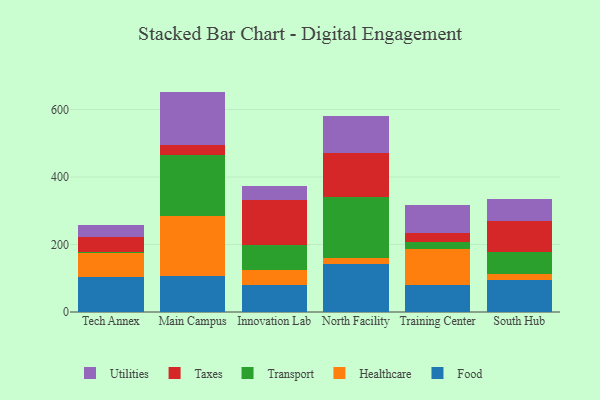
{"axis": {"x": "Campus", "y": "Temperature (°C)"}, "legend": ["Food", "Healthcare", "Taxes", "Transport", "Utilities"], "data": [{"x": "Tech Annex", "y": 105.0, "type": "Food"}, {"x": "Tech Annex", "y": 68.4, "type": "Healthcare"}, {"x": "Tech Annex", "y": 5.8, "type": "Transport"}, {"x": "Tech Annex", "y": 43.9, "type": "Taxes"}, {"x": "Tech Annex", "y": 33.4, "type": "Utilities"}, {"x": "Main Campus", "y": 108.0, "type": "Food"}, {"x": "Main Campus", "y": 176.7, "type": "Healthcare"}, {"x": "Main Campus", "y": 179.5, "type": "Transport"}, {"x": "Main Campus", "y": 30.5, "type": "Taxes"}, {"x": "Main Campus", "y": 158.3, "type": "Utilities"}, {"x": "Innovation Lab", "y": 79.2, "type": "Food"}, {"x": "Innovation Lab", "y": 46.6, "type": "Healthcare"}, {"x": "Innovation Lab", "y": 74.2, "type": "Transport"}, {"x": "Innovation Lab", "y": 132.6, "type": "Taxes"}, {"x": "Innovation Lab", "y": 41.0, "type": "Utilities"}, {"x": "North Facility", "y": 142.6, "type": "Food"}, {"x": "North Facility", "y": 18.1, "type": "Healthcare"}, {"x": "North Facility", "y": 179.1, "type": "Transport"}, {"x": "North Facility", "y": 132.7, "type": "Taxes"}, {"x": "North Facility", "y": 108.1, "type": "Utilities"}, {"x": "Training Center", "y": 79.9, "type": "Food"}, {"x": "Training Center", "y": 107.8, "type": "Healthcare"}, {"x": "Training Center", "y": 18.7, "type": "Transport"}, {"x": "Training Center", "y": 27.0, "type": "Taxes"}, {"x": "Training Center", "y": 84.2, "type": "Utilities"}, {"x": "South Hub", "y": 95.6, "type": "Food"}, {"x": "South Hub", "y": 16.2, "type": "Healthcare"}, {"x": "South Hub", "y": 65.9, "type": "Transport"}, {"x": "South Hub", "y": 92.7, "type": "Taxes"}, {"x": "South Hub", "y": 65.8, "type": "Utilities"}]}